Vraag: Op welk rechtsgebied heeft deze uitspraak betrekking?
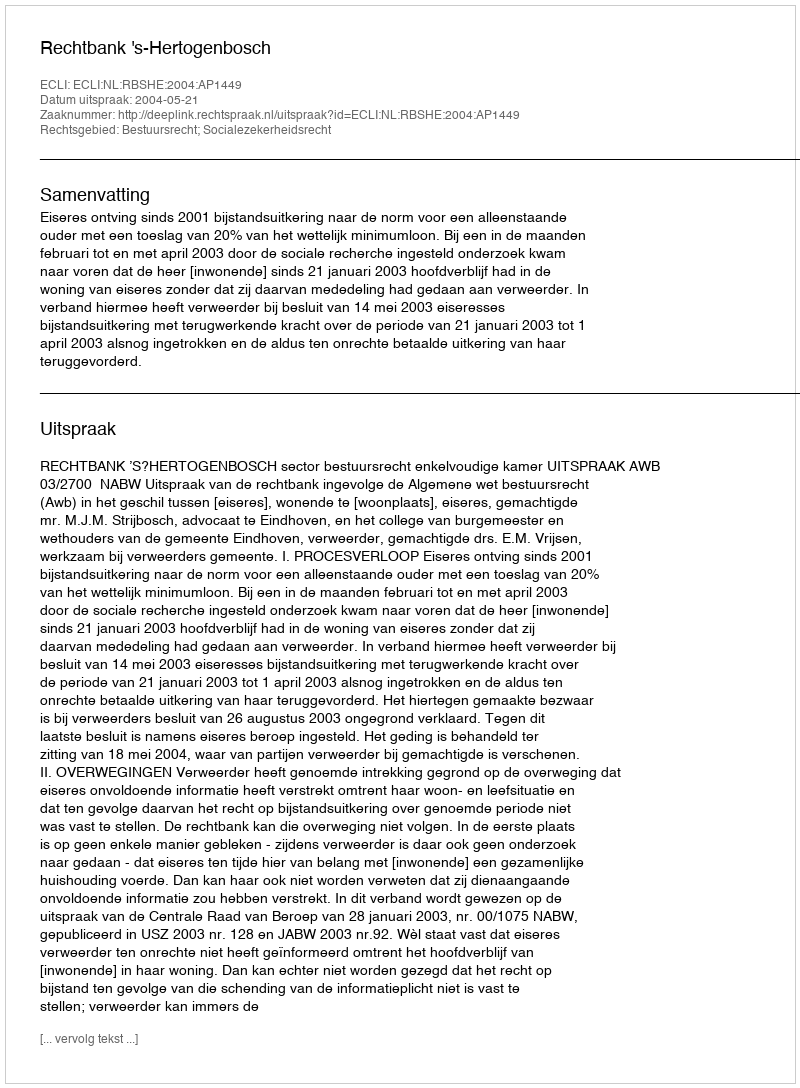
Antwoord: Bestuursrecht; Socialezekerheidsrecht